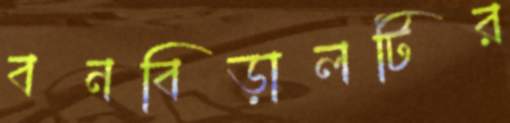
বনবিড়ালটির